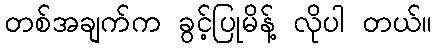
တစ်အချက်က ခွင့်ပြုမိန့် လိုပါ တယ်။